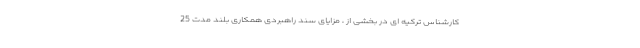
کارشناس ترکیه ای در بخشی از ، مزایای سند راهبردی همکاری بلند مدت 25